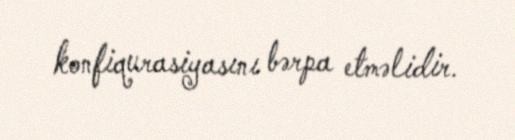
konfiqurasiyasını bərpa etməlidir.